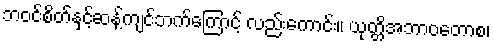
ဘဝင်စိတ်နှင့်ဆန့်ကျင်ဘက်ကြောင့် လည်းကောင်း။ ယုတ္တိအဘာဝတောစ၊